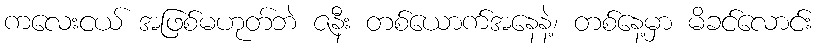
ကလေးငယ် အဖြစ်မဟုတ်ဘဲ ဇနီး တစ်ယောက်အနေနဲ့၊ တစ်နေ့မှာ မိခင်လောင်း